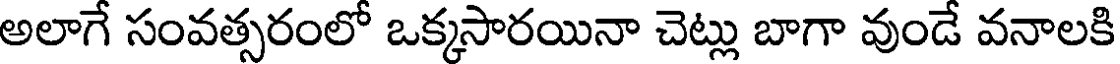
అలాగే సంవత్సరంలో ఒక్కసారయినా చెట్లు బాగా వుండే వనాలకి